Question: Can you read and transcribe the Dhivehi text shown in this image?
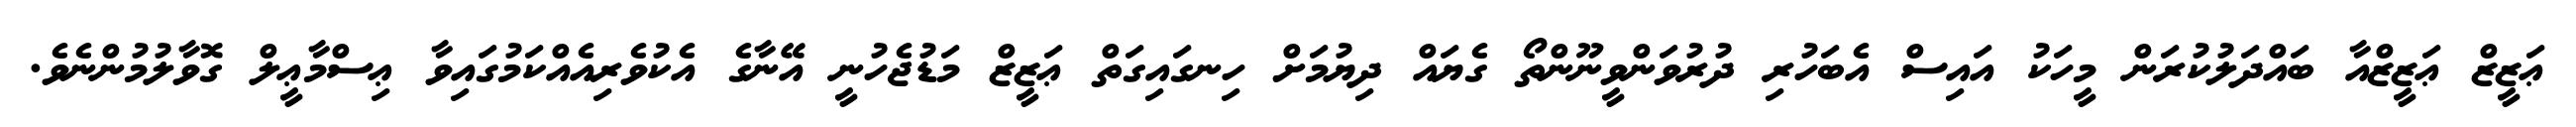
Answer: ޢަޒީޒް ޢަޒީޒްއާ ބައްދަލުކުރަން މީހަކު އައިސް އެބަހުރި ދުރުވަންވީނޫންތޯ ގެޔައް ދިޔުމަށް ހިނގައިގަތް ޢަޒީޒް މަޑުޖެހުނީ އޭނާގެ އެކުވެރިއެއްކަމުގައިވާ ޢިސްމާޢީލް ގޮވާލުމުންނެވެ.